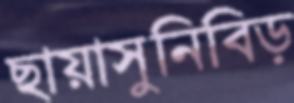
ছায়াসুনিবিড়